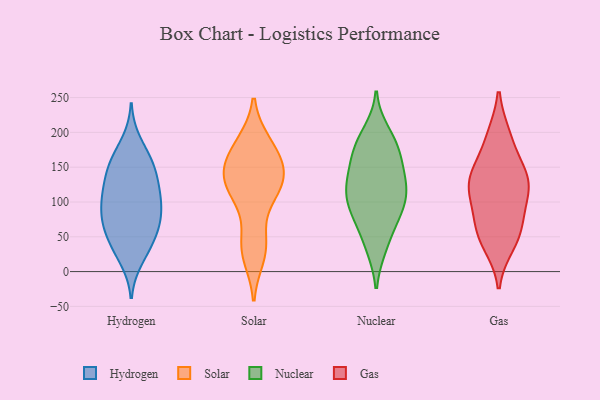
{"axis": {"x": "Market Share (%)", "y": "Value"}, "legend": ["Gas", "Hydrogen", "Nuclear", "Solar"], "data": [{"x": "", "y": 59, "type": "Hydrogen"}, {"x": "", "y": 77, "type": "Hydrogen"}, {"x": "", "y": 150, "type": "Hydrogen"}, {"x": "", "y": 98, "type": "Hydrogen"}, {"x": "", "y": 54, "type": "Hydrogen"}, {"x": "", "y": 32, "type": "Hydrogen"}, {"x": "", "y": 163, "type": "Hydrogen"}, {"x": "", "y": 113, "type": "Hydrogen"}, {"x": "", "y": 77, "type": "Hydrogen"}, {"x": "", "y": 134, "type": "Hydrogen"}, {"x": "", "y": 186, "type": "Hydrogen"}, {"x": "", "y": 151, "type": "Hydrogen"}, {"x": "", "y": 81, "type": "Hydrogen"}, {"x": "", "y": 102, "type": "Hydrogen"}, {"x": "", "y": 112, "type": "Hydrogen"}, {"x": "", "y": 33, "type": "Hydrogen"}, {"x": "", "y": 18, "type": "Hydrogen"}, {"x": "", "y": 64, "type": "Hydrogen"}, {"x": "", "y": 157, "type": "Hydrogen"}, {"x": "", "y": 119, "type": "Hydrogen"}, {"x": "", "y": 122, "type": "Solar"}, {"x": "", "y": 184, "type": "Solar"}, {"x": "", "y": 184, "type": "Solar"}, {"x": "", "y": 127, "type": "Solar"}, {"x": "", "y": 23, "type": "Solar"}, {"x": "", "y": 134, "type": "Solar"}, {"x": "", "y": 36, "type": "Solar"}, {"x": "", "y": 121, "type": "Solar"}, {"x": "", "y": 154, "type": "Solar"}, {"x": "", "y": 151, "type": "Solar"}, {"x": "", "y": 42, "type": "Solar"}, {"x": "", "y": 103, "type": "Solar"}, {"x": "", "y": 163, "type": "Solar"}, {"x": "", "y": 143, "type": "Nuclear"}, {"x": "", "y": 152, "type": "Nuclear"}, {"x": "", "y": 121, "type": "Nuclear"}, {"x": "", "y": 123, "type": "Nuclear"}, {"x": "", "y": 79, "type": "Nuclear"}, {"x": "", "y": 184, "type": "Nuclear"}, {"x": "", "y": 76, "type": "Nuclear"}, {"x": "", "y": 37, "type": "Nuclear"}, {"x": "", "y": 173, "type": "Nuclear"}, {"x": "", "y": 163, "type": "Nuclear"}, {"x": "", "y": 187, "type": "Nuclear"}, {"x": "", "y": 89, "type": "Nuclear"}, {"x": "", "y": 200, "type": "Nuclear"}, {"x": "", "y": 120, "type": "Nuclear"}, {"x": "", "y": 112, "type": "Nuclear"}, {"x": "", "y": 83, "type": "Nuclear"}, {"x": "", "y": 112, "type": "Nuclear"}, {"x": "", "y": 35, "type": "Nuclear"}, {"x": "", "y": 128, "type": "Gas"}, {"x": "", "y": 84, "type": "Gas"}, {"x": "", "y": 100, "type": "Gas"}, {"x": "", "y": 45, "type": "Gas"}, {"x": "", "y": 118, "type": "Gas"}, {"x": "", "y": 194, "type": "Gas"}, {"x": "", "y": 142, "type": "Gas"}, {"x": "", "y": 60, "type": "Gas"}, {"x": "", "y": 152, "type": "Gas"}, {"x": "", "y": 130, "type": "Gas"}, {"x": "", "y": 195, "type": "Gas"}, {"x": "", "y": 127, "type": "Gas"}, {"x": "", "y": 63, "type": "Gas"}, {"x": "", "y": 39, "type": "Gas"}]}